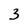
Character: 3